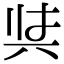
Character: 𭁇